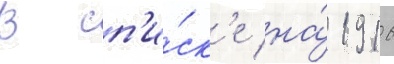
В сп'и́ск'е на́ 1916